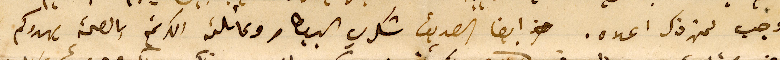
وجب لمن ذكر اعلاه. ايضا الصديق شكري البيطار وعائلته بالصحة، يهدوكم